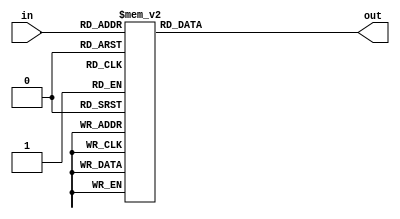
`timescale 1ns / 1ps

module transcoder_7seg(
    input [3:0] in,
    output reg [6:0] out
    );
    

always@(in) begin

case(in)
0: out = 7'b011_1111;
1: out = 7'b000_0110;
2: out = 7'b010_0100;
3: out = 7'b011_0000;
4: out = 7'b001_1001;
5: out = 7'b001_0010;
6: out = 7'b000_0010;
7: out = 7'b111_1000;
8: out = 7'b000_0000;
9: out = 7'b001_0000;
10: out = 7'b000_1000;
11: out = 7'b100_0110;
default: out = 7'b111_1111;
endcase
end    



endmodule